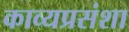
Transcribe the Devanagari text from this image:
काव्यप्रसंशा